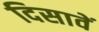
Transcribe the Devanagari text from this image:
दिसावें